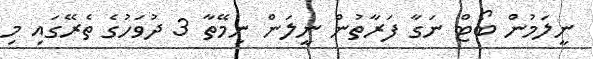
ނީލަމުން ބޯޓް ނަގާ ފަރާތުން ނީލަން ނިމޭތާ 3 ދުވަހުގެ ތެރޭގައި މި